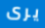
يرى